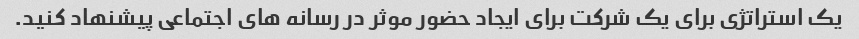
یک استراتژی برای یک شرکت برای ایجاد حضور موثر در رسانه های اجتماعی پیشنهاد کنید.